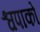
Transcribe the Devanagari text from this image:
श्वपाको